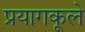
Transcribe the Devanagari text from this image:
प्रयागकूले